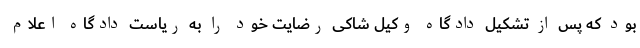
بود که پس از تشکیل دادگاه وکیل شاکی رضایت خود را به ریاست دادگاه اعلام